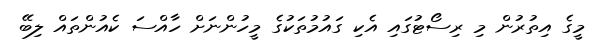
މީގެ އިތުރުން މި ރިސޯޓުގައި އެކި ގައުމުތަކުގެ މީހުންނަށް ހާއްސަ ކެއުންތައް ލިބޭ